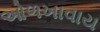
ઓળખાવાય